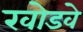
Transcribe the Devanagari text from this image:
खोडवे